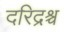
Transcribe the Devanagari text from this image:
दरिद्रश्च